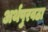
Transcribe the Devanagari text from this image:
अर्थपुरवठा